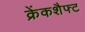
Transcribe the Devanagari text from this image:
क्रेंकशैफ्ट